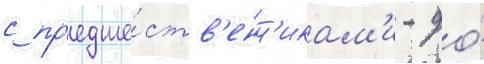
с пр'едше́ств'енн'икам'и - до́